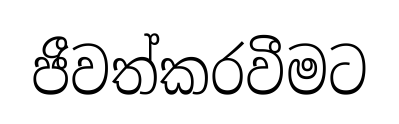
ජීවත්කරවීමට